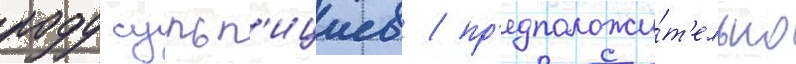
роду сульп'ициев / пр'едположи́т'ельно